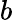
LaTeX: b_{}